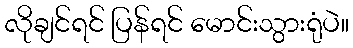
လိုချင်ရင် ပြန်ရင် မောင်းသွားရုံပဲ။